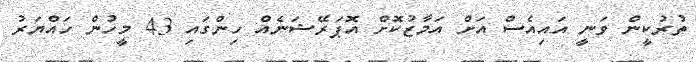
ތުރުކީން ވަނީ އައިއެސް އަށް އަމާޒުކޮށް އޮޕަރޭޝަނެއް ހިންގައި 43 މީހުން ހައްޔަރު